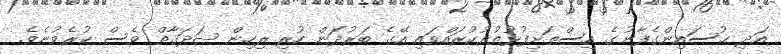
އަދި ޙުސައިންގެފާނުގެ އިސްތަށިފުޅުތުރުކުރައްވައި އޭގެ ބަރުދަން ހުރި ރިހިން ޞަދަޤާތް ވެސް ކުރެވުނެވެ.